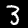
Digit: 3